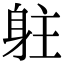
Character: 𨈫